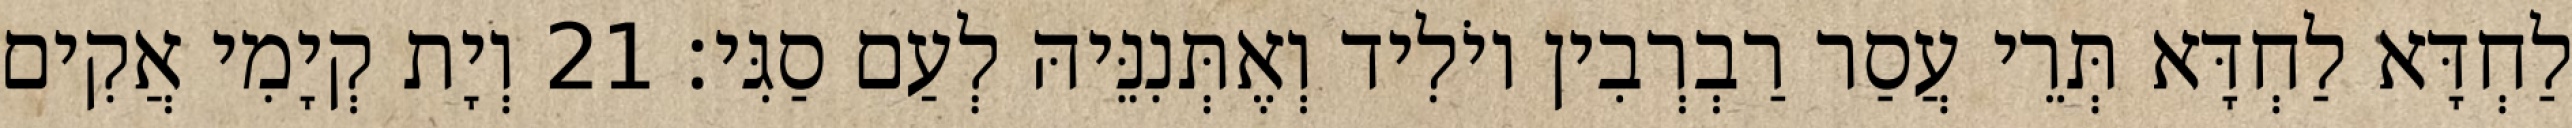
לַחְדָּא לַחְדָּא תְּרֵי עֲסַר רַבְרְבִין יוֹלִיד וְאֶתְּנִנֵּיהּ לְעַם סַגִּי׃ 21 וְיָת קְיָמִי אֲקִים